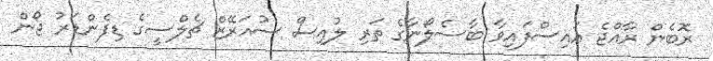
ރޮބެން ރާއްޖެ އައިސްފައިވާ ބާސެލޯނާގެ ތަރި ލުއިސް ސުއަރޭޒް ޗެލްސީގެ ޑިފެންޑަރު ޖޯން